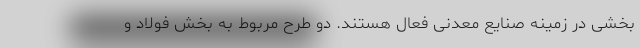
بخشی در زمینه صنایع معدنی فعال هستند. دو طرح مربوط به بخش فولاد و